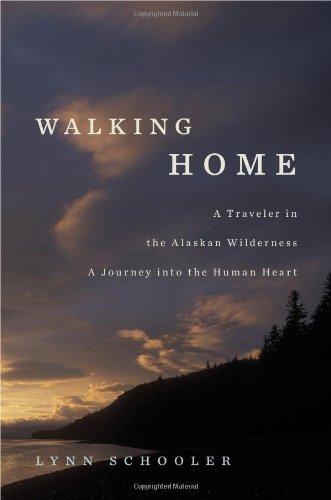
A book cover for Walking Home: A Traveler in the Alaskan Wilderness, a Journey into the Human Heart; Lynn Schooler; Travel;